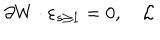
\partial W \cdot \varepsilon _ { s \geq 1 } = 0 , \quad \mathcal { L }